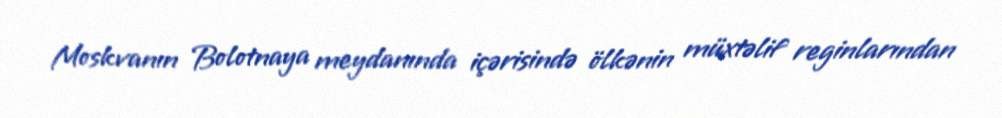
Moskvanın Bolotnaya meydanında içərisində ölkənin müxtəlif reginlarından